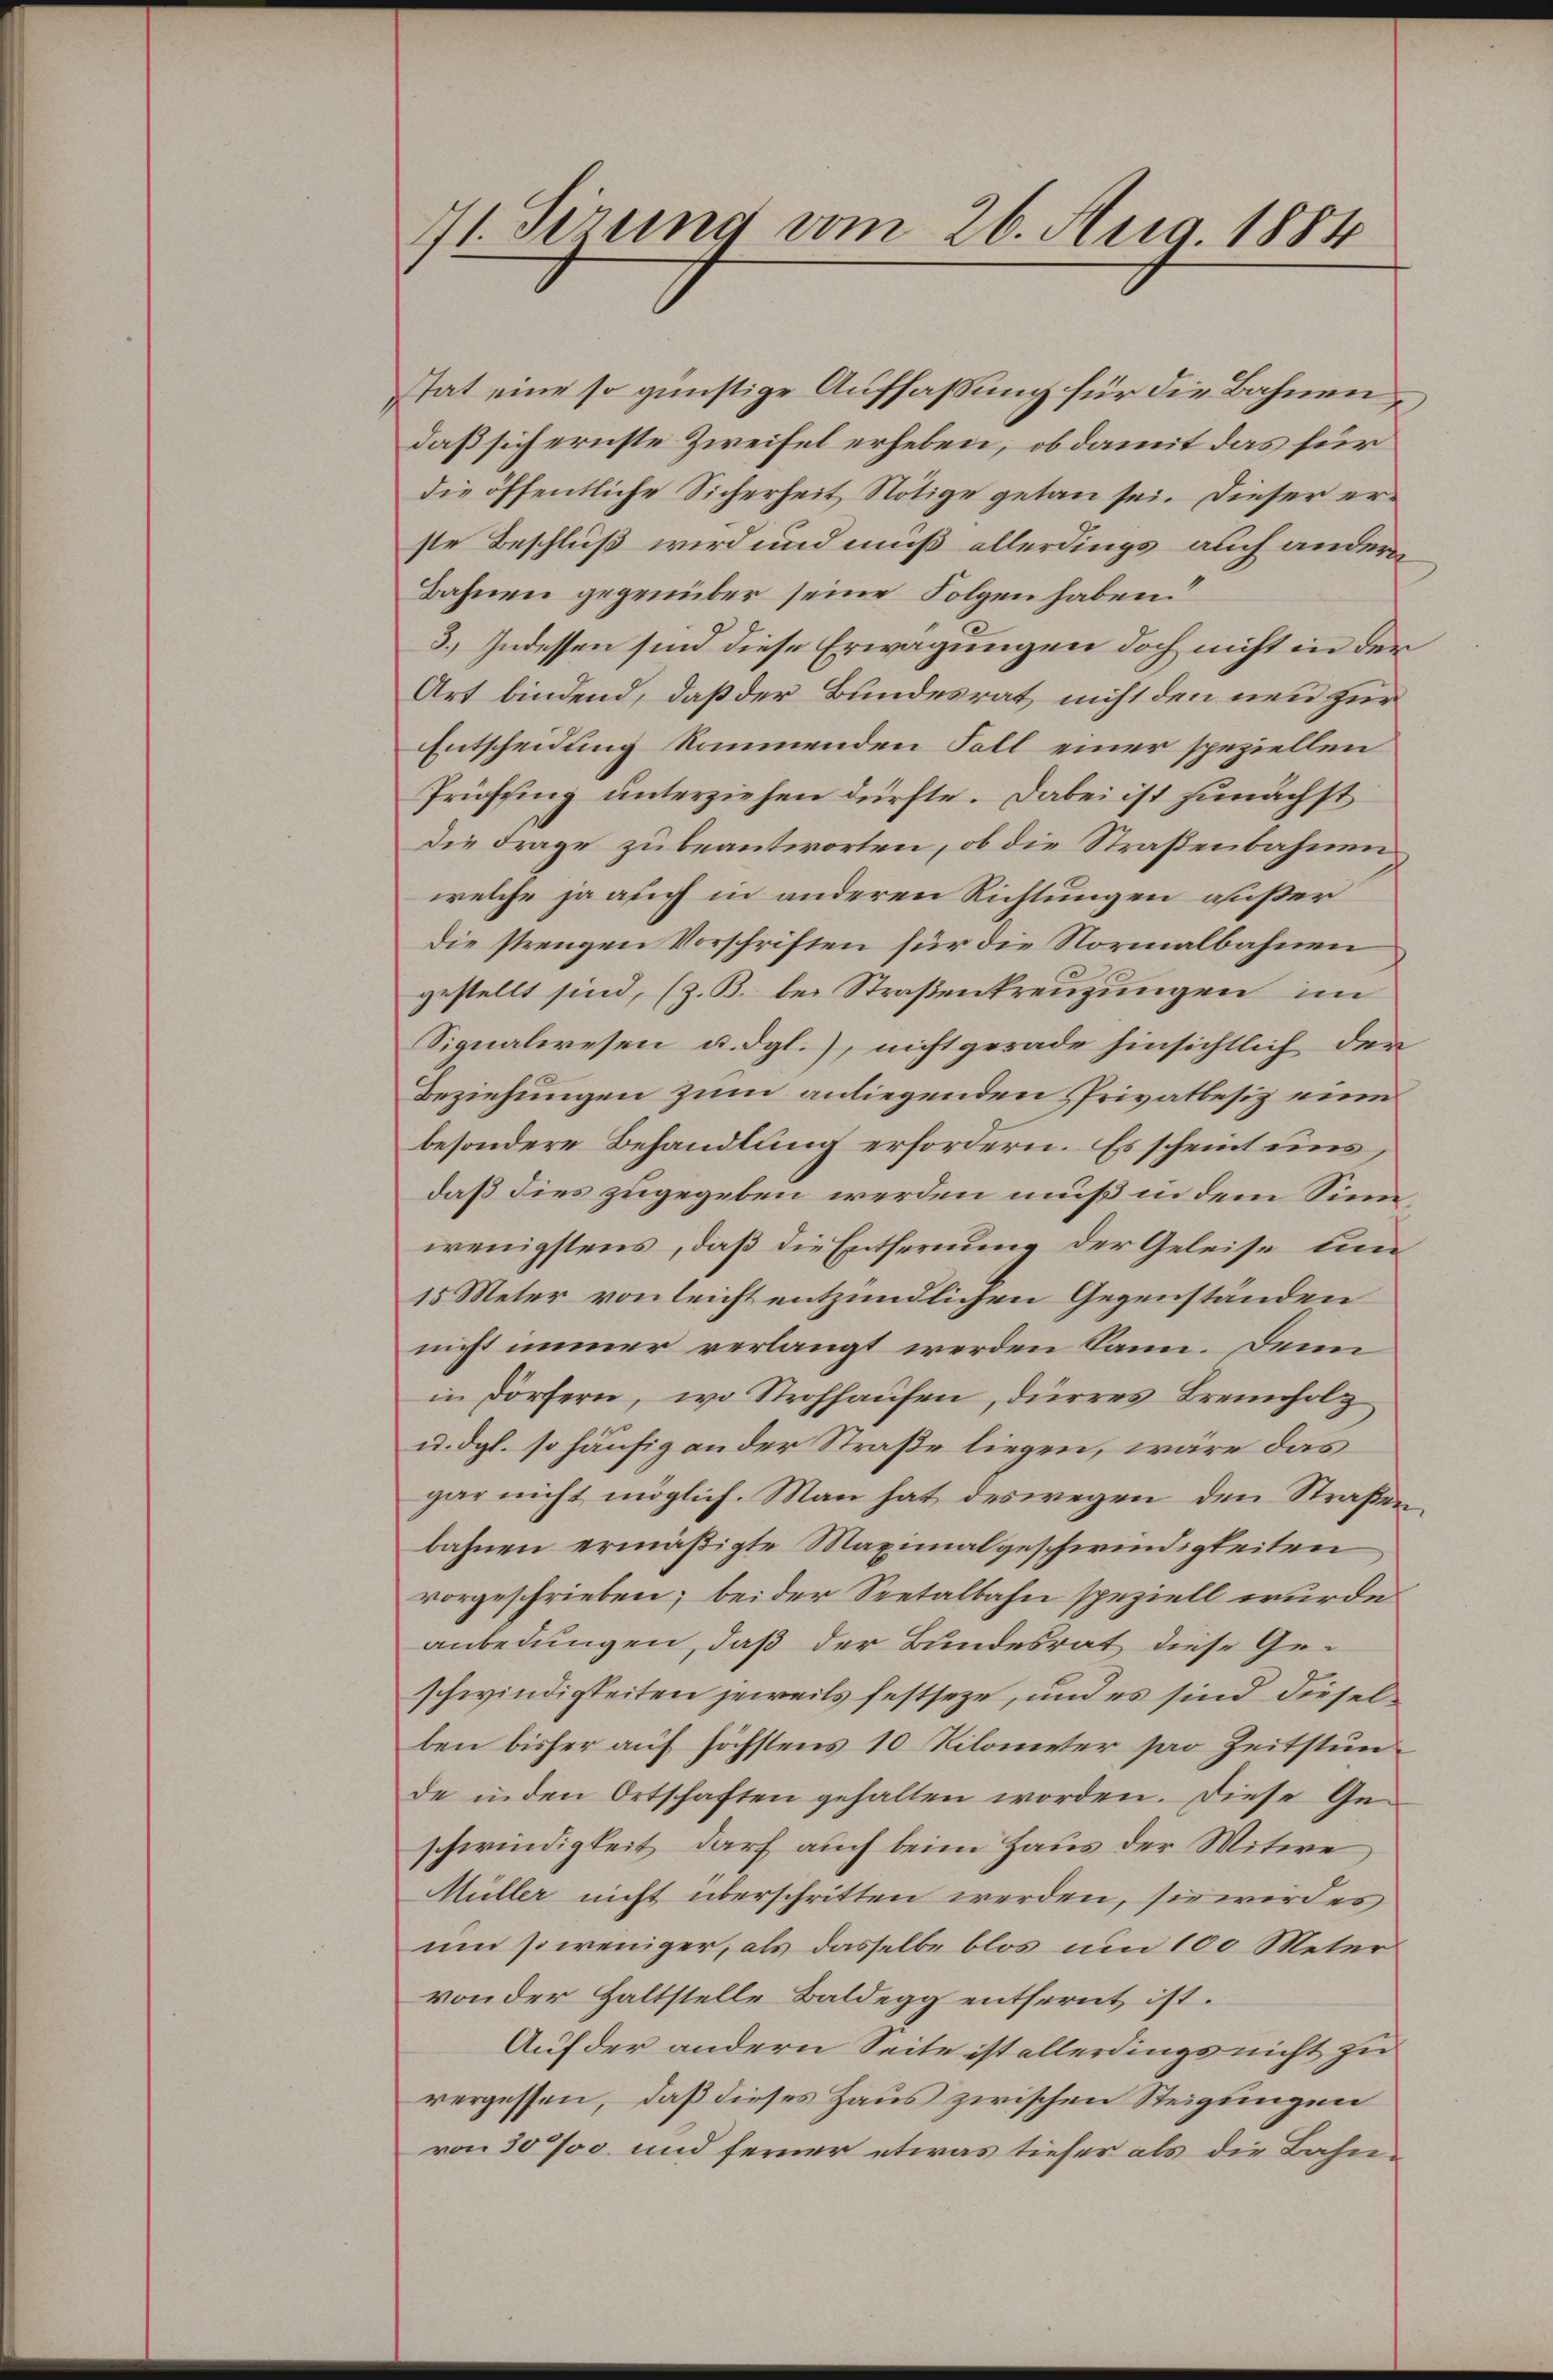
4

71. Serung vom 26. Aug. 1884

Etat eine so günstige Auffaßung für die Bahnen
daß sich ernste Zweifel erheben, ob damit das für
die öffentliche Sicherheit Nötige getan sei. Dieser erste Beschluß wird und muß allerdings auch andern
Bahnen gegenüber seine Folgen haben.“
3.) Indessen sind diese Erwägungen doch nicht in der
Art bindend, daß der Bundesrat nicht den neu zur
Entscheidung kommenden Fall einer speziellen
Prüssing unterziehen dürfte. Dabei ist zunächst
die Frage zu beantworten, ob die Straßenbahnen
welche ja auch in anderen Richtungen außer
Die strengen Vorschriften für die Normalbahnen
gestellt sind, (z. B. bei Straßenkreuzungen im
Signalwesen u. dgl.), nicht gerade hinsichtlich der
Beziehungen zum anliegenden Privatbesiz eine
besondere Behandlung erfordern. Es scheint uns,
daß dies zugegeben werden muß in dem Sinn,
wenigstens, daß die Entfernung der Geleise um
15 Meter von leicht entzündlichen Gegenständen
nicht immer verlangt werden kann. Denn
in Dörfern, wo Strohhaŭsen, dürres Brennholz
u. dgl. so häufig an der Straße liegen, wäre das
gar nicht möglich. Man hat deswegen den Straßenbahnen ermäßigte Maximalgeschwindigkeiten
vorgeschrieben; bei der Seetalbahn speziell wurde
anbedungen, daß der Bundesrat diese Geschwindigkeiten jeweils festseze, und es sind dieselben bisher auf höchstens 10 Kilometer par Zeitstunde in den Ortschaften gehalten worden. Diese Ge-
schwindigkeit darf auch beim Haus der Witwe
Müller nicht überschritten werden, sie wird es
um so weniger, als dasselbe blos um 100 Meter
von der Haltstelle Baldegg entfernt ist.
Auf der andern Seite ist allerdings nicht zu
vergessen, daß dieses Haus zwischen Steigungen
von 30 Jos. und ferner etwas tiefer als die Bahn¬